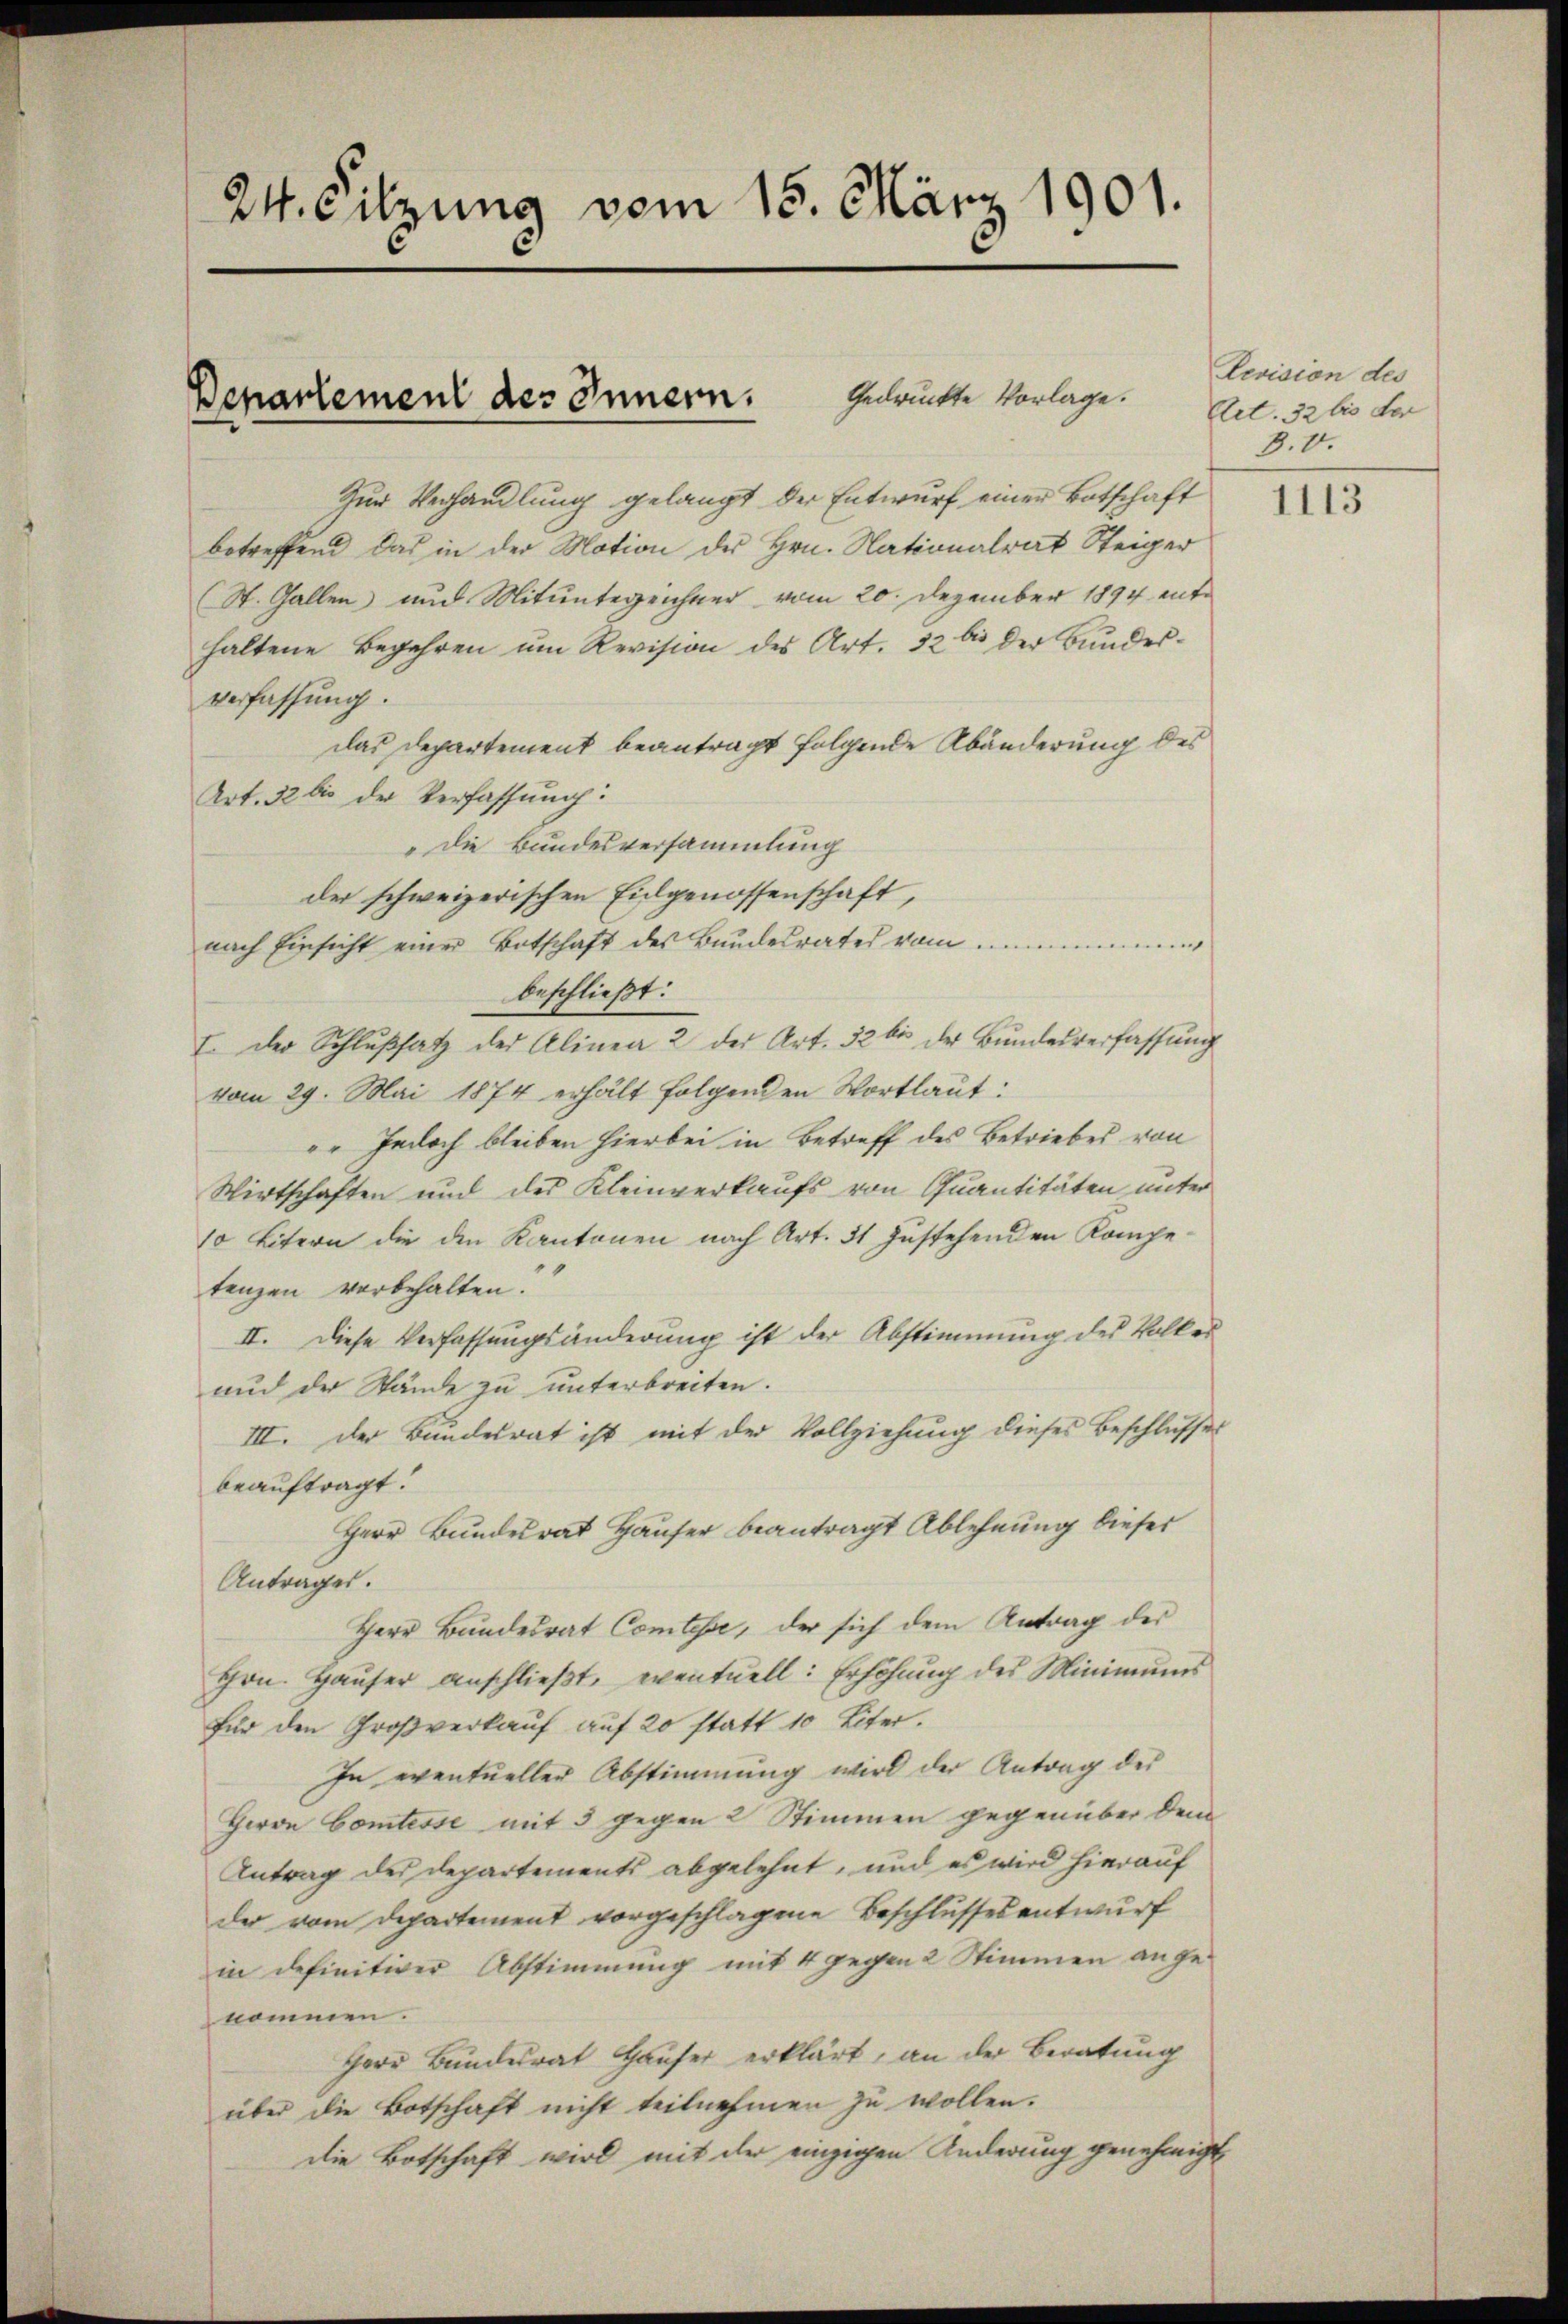
24. Sitzung vom 15. März 1901.

Gedruckte Vorlage.
Departement des Innern.

Zur Verhandlung gelangt der Entwurf einer Botschaft
betreffend das in der Motion des Hrn. Nationalrat Steiger
(St. Gallen und Mitunterzeichner vom 20. Dezember 1894 enthaltene Begehren um Revision des Art. 32 bis der Bundesverfassung.
das Departement beantragt folgende Abänderung des
Art. 32 bis der Verfassung:
„Die Bundesversammlung
der schweizerischen Eidgenossenschaft,
nach Einsicht einer Botschaft des Bundesrates vom
beschließt:
I. der Schlŭβsatz der Alinea 2 der Art. 32 bis der Bŭndesverfassŭng
vom 29. Mai 1874 erhält folgenden Wortlaut:
" Jedoch bleiben hierbei in Betreff des Betriebes von
Wirtschaften und des Kleinverkaufs von Quantitäten unter
10 Litern die den Kantonen nach Art. 31 zustehenden Kompe-
tenzen vorbehalten.
II. Diese Verfassungsänderung ist der Abstimmung des Volkes
aud der Stände zu unterbrechen.
III. Der Bundesrat ist mit der Vollziehung dieses Beschlusses
beauftragt.
Herr Bundesrat Hauser beantragt Ablehnung dieser
Antrages.
Herr Bundesrat Comtesse, der sich dem Antrag des
thrn. Haŭser anschlieβt, eventuell: Erhöhŭng des Minimums
für den Großverkauf auf 20 statt 10 Liter.
In eventueller Abstimmung wird der Antrag der
Herrn Comtesse mit 3 gegen 2 Stimmen gegenüber dem
Antrag des Departements abgelehnt, und es wird hierauf
der vom Departement vorgeschlagene Beschlussesentwurf
in definitiver Abstimmung mit 4 gegen 2 Stimmen angenommen.
Herr Bundesrat Häuser erklärt, an der Beratung
über die Botschaft nicht teilnehmen zu wollen.
die Botschaft wird mit der einzigen Änderung genehmigt

Revision des
Art. 32 bis der
B.V.

1113